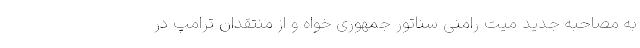
به مصاحبه جدید میت رامنی سناتور جمهوری خواه و از منتقدان ترامپ در